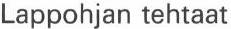
Lappohjan tehtaat